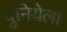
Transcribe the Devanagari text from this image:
दुनियेला